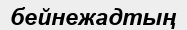
бейнежадтың